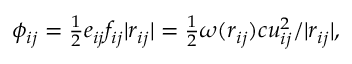
\begin{array} { r } { \phi _ { i j } = \frac 1 2 e _ { i j } f _ { i j } | r _ { i j } | = \frac { 1 } { 2 } \omega ( r _ { i j } ) c u _ { i j } ^ { 2 } / | r _ { i j } | , } \end{array}